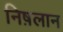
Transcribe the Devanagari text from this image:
निष़लान